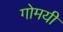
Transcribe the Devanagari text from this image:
गोमयी